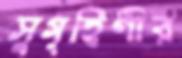
সুগৃহিণীর